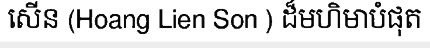
សើន (Hoang Lien Son ) ដ៏មហិមាបំផុត